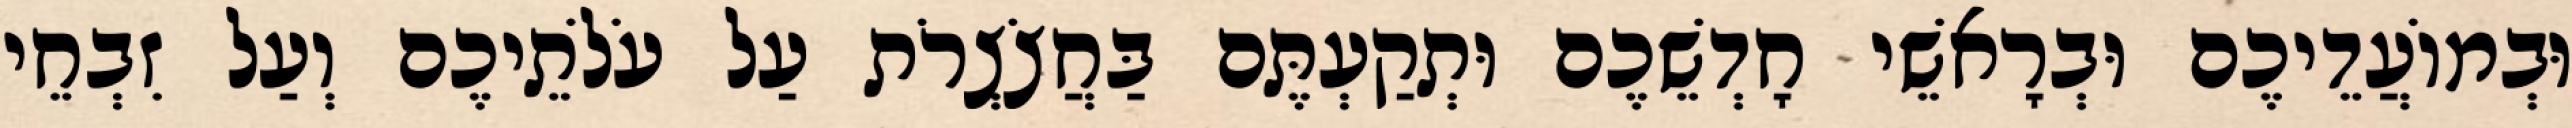
וּבְמוֹעֲדֵיכֶם וּבְרָאשֵׁי חָדְשֵׁכֶם וּתְקַעְתֶּם בַּחֲצֹצְרֹת עַל עֹלֹתֵיכֶם וְעַל זִבְחֵי